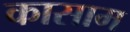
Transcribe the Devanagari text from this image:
कासाम